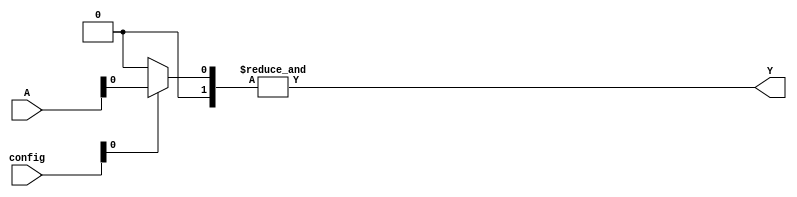
module combinational_logic_block #(
    parameter NUM_INPUTS = 4,
    parameter NUM_OUTPUTS = 1,
    parameter SRAM_WIDTH = 16 // Number of configuration bits for the logic
)(
    input wire [NUM_INPUTS-1:0] A,   // Input lines
    input wire [SRAM_WIDTH-1:0] config, // Configuration bits stored in SRAM
    output wire [NUM_OUTPUTS-1:0] Y   // Output lines
);

    // Internal signals
    wire [NUM_INPUTS-1:0] mux_out; // MUX output
    wire [NUM_OUTPUTS-1:0] logic_out; // Logic gate outputs

    // MUX implementation to select inputs based on SRAM configuration
    generate
        genvar i;
        for (i = 0; i < NUM_OUTPUTS; i = i + 1) begin : mux
            assign mux_out[i] = (config[i] == 1'b1) ? A[i] : 1'b0; // Configure MUX based on SRAM
        end
    endgenerate

    // Logic function implementation (example: simple AND gate for NUM_OUTPUTS=1)
    assign logic_out[0] = &mux_out; // AND operation of selected inputs

    // Assign output
    assign Y = logic_out;

endmodule